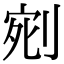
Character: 𭃰